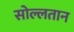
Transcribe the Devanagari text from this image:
सोल्लतान